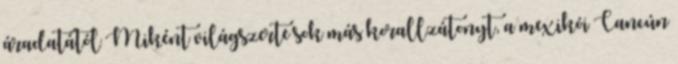
áradatától Miként világszerte sok más korallzátonyt, a mexikói Cancún